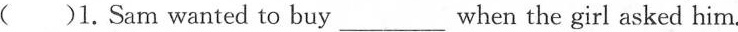
( )1.Sam wanted to buy___ when the girl asked him.